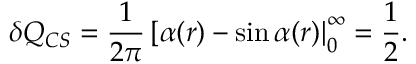
\delta Q _ { C S } = \frac { 1 } { 2 \pi } \left[ \alpha ( r ) - \sin \alpha ( r ) \right| _ { 0 } ^ { \infty } = \frac { 1 } { 2 } .